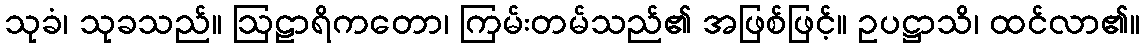
သုခံ၊ သုခသည်။ ဩဠာရိကတော၊ ကြမ်းတမ်သည်၏ အဖြစ်ဖြင့်။ ဥပဋ္ဌာသိ၊ ထင်လာ၏။